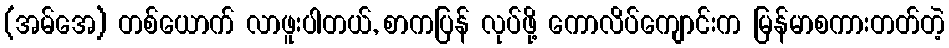
(အမ်အေ) တစ်ယောက် လာဖူးပါတယ်, စာကပြန် လုပ်ဖို့ ကောလိပ်ကျောင်းက မြန်မာစကားတတ်တဲ့